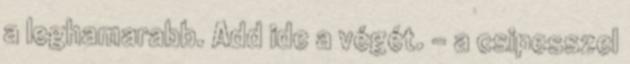
a leghamarabb. Add ide a végét. – a csipesszel